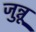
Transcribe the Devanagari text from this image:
जुन्नू